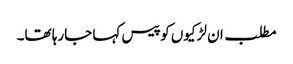
مطلب ان لڑکیوں کو پیس کہا جارہا تھا۔